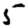
Digit: 5